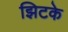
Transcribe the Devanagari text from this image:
झिटके